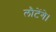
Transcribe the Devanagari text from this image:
लौटेंगे।